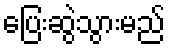
ပြေးဆွဲသွားမည်